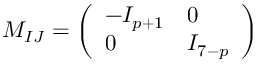
M _ { I J } = \left( \begin{array} { l l } { { - I _ { p + 1 } } } & { { 0 } } \\ { { 0 } } & { { I _ { 7 - p } } } \end{array} \right)